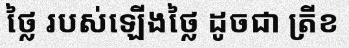
ថ្លៃ របស់ឡើងថ្លៃ ដូចជា ត្រីខ